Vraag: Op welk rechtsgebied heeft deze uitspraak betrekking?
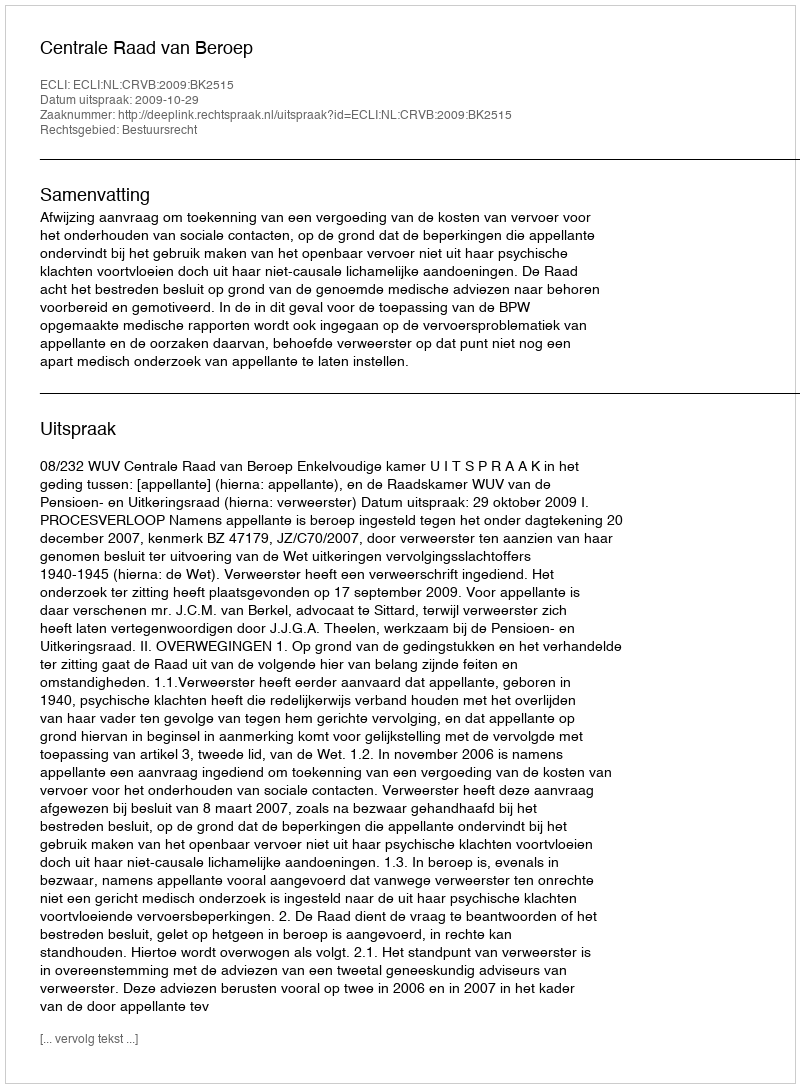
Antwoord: Bestuursrecht